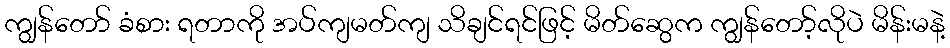
ကျွန်တော် ခံစား ရတာကို အပ်ကျမတ်ကျ သိချင်ရင်ဖြင့် မိတ်ဆွေက ကျွန်တော့်လိုပဲ မိန်းမနဲ့